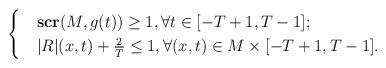
LaTeX: \begin{align*}\begin{cases} &\mathbf{scr}(M, g(t)) \geq 1, \forall t \in [-T+1, T-1];\\ &|R|(x, t) + \frac{2}{T} \leq 1, \forall (x, t) \in M \times [-T+1, T-1]. \end{cases} \end{align*}